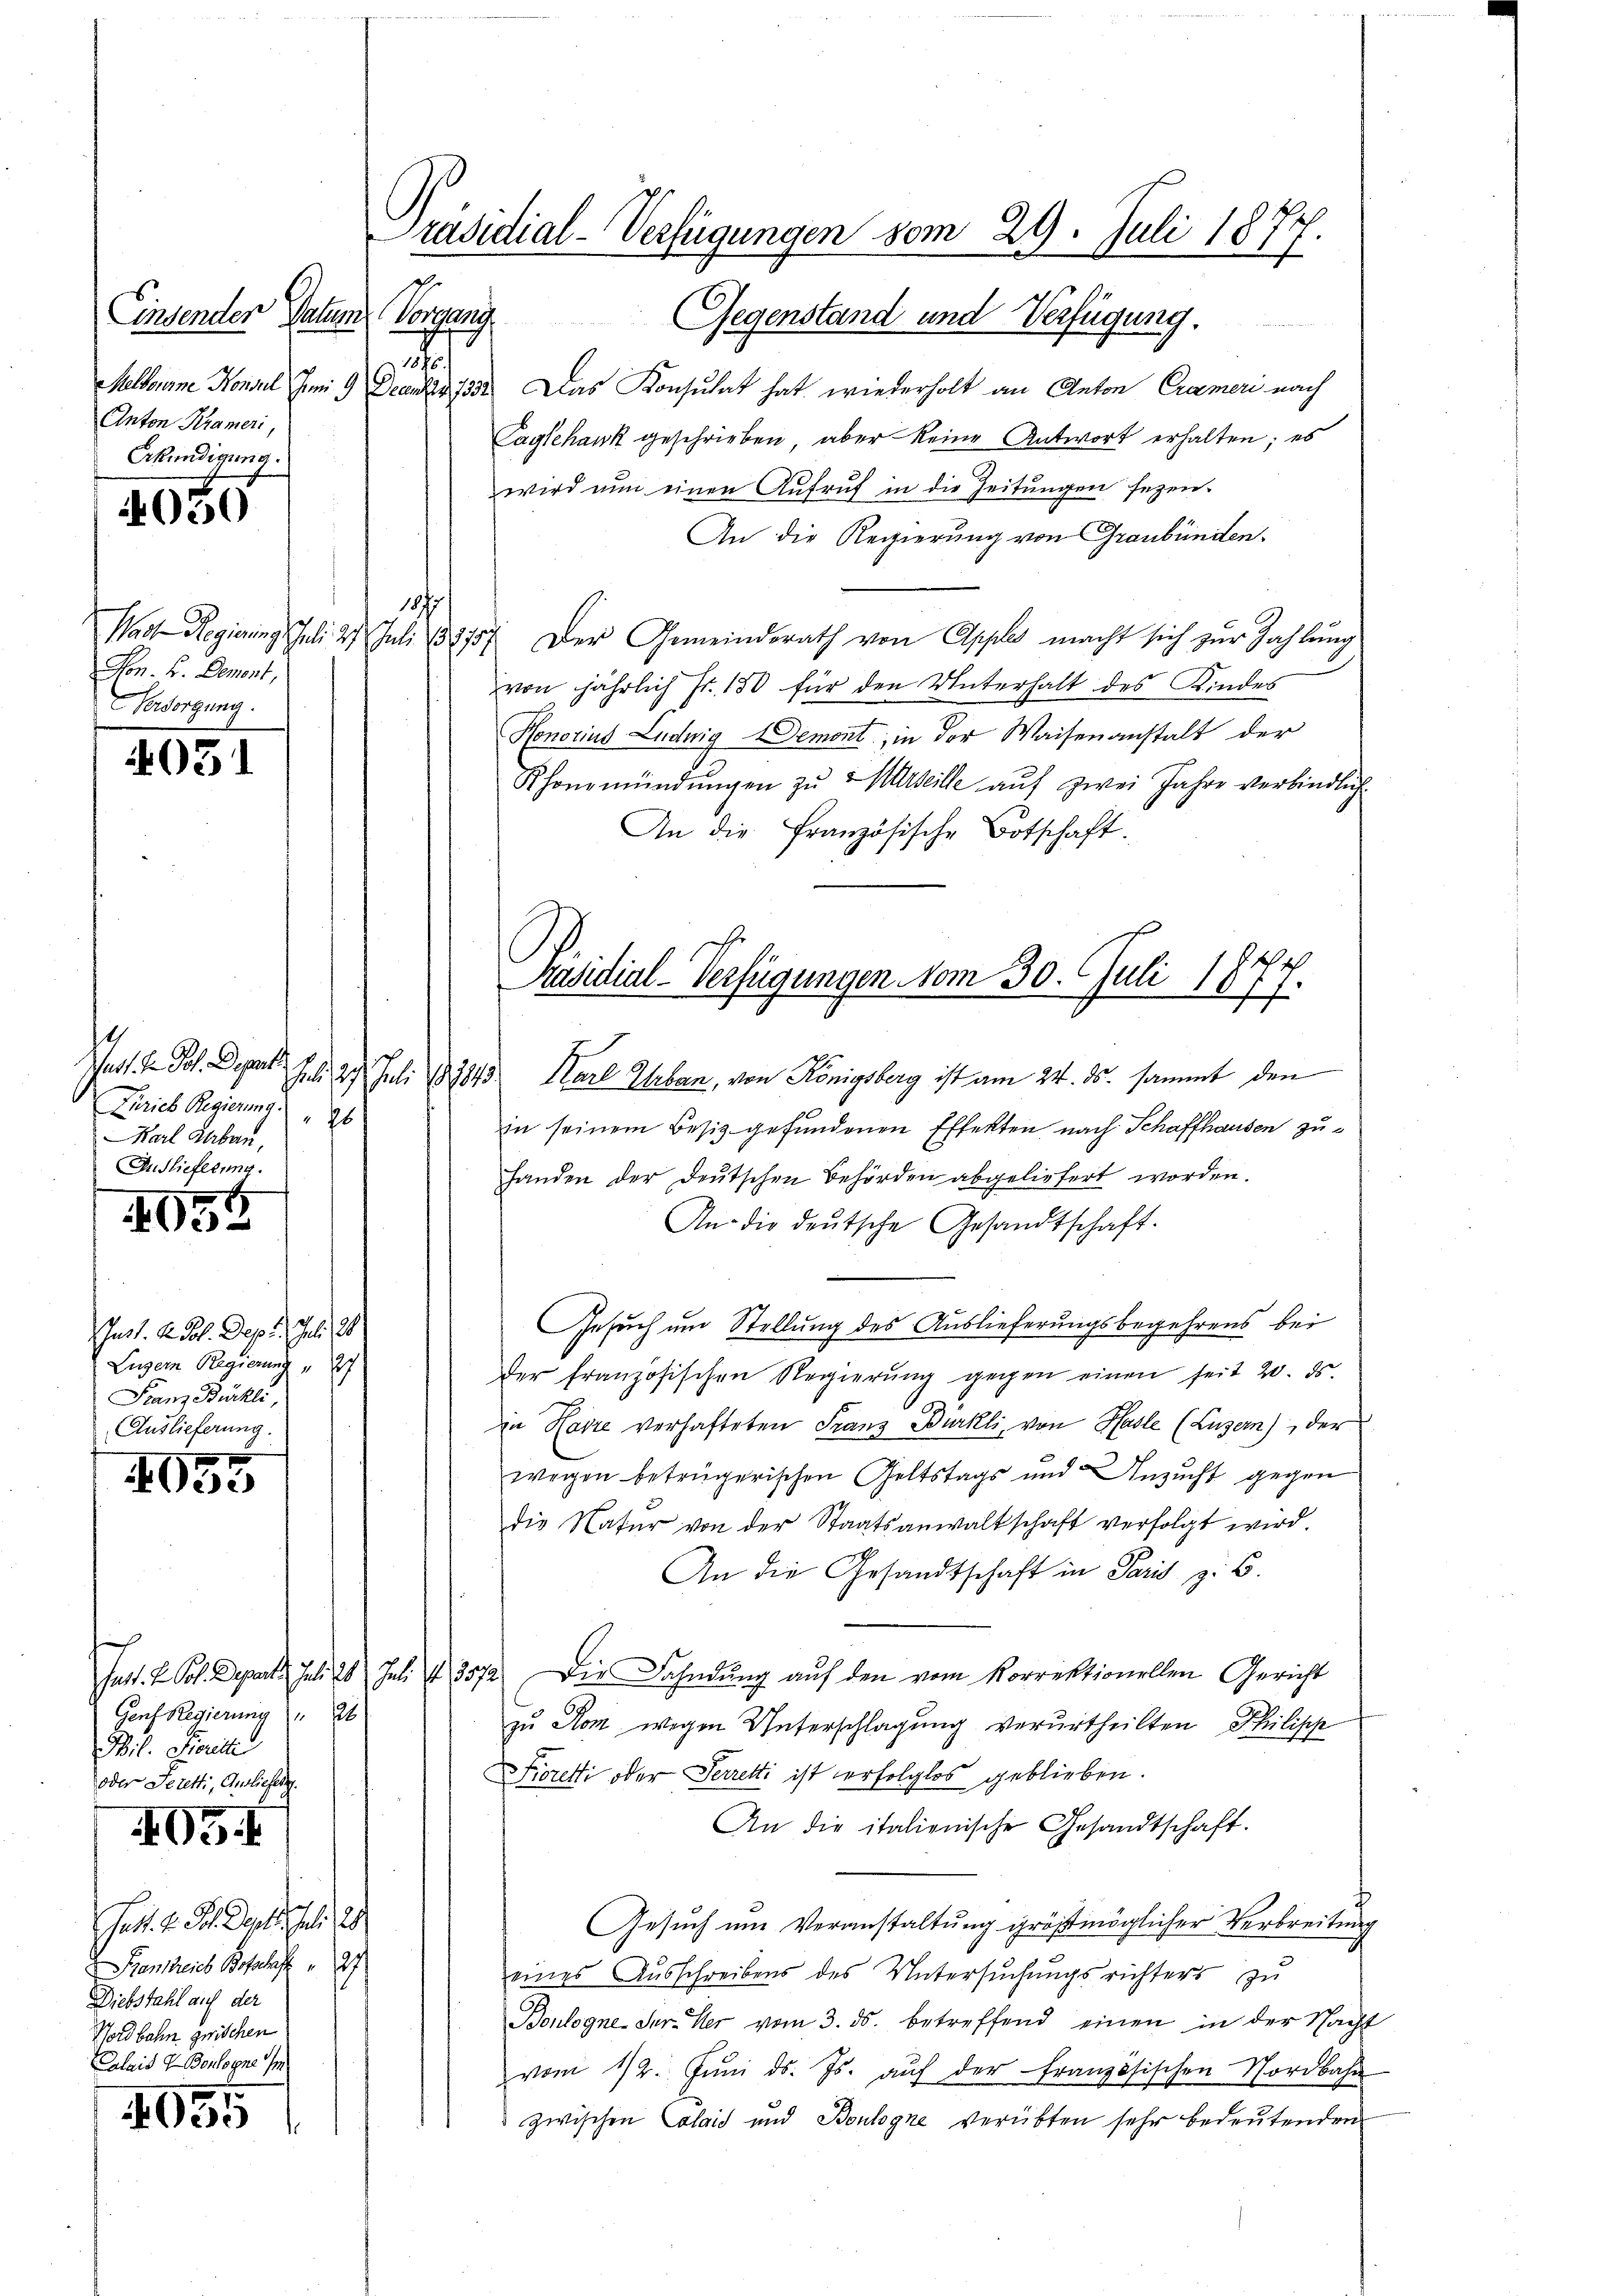
Einsender Patum
Rippen
.
Anton Krameri,
Erkundigung.

4050

051

E
05

Just. A dol. Dept. Juli 20.
Luzern Regierung " 27
Franz Bürkli,
Auslieferung.

1
e

405

Gett. v. Frl. Der Juli 18
Panthreues Befehaft 27
Diebstahl auf der
Nordbahn zwischen
Calais & Boulogne m

4055

1877
Fon. B. Dement,
Versorgung.

t
Ferieb Regierung " 26
Karl Saben.
Auslieferung.

Genf Regierung " 24
il. Ferie
oder Seretti, Ausliefen.

Präsidial-Verfügungen vom 29. Juli 1877

Gegenstand und Verfügung.
Melbourne Konsul um 9 Decan 1332. Das Konsulat hat wiederholt an Anton Crameri nach
Cagschank geschrieben, aber keine Antwort erhalten; es
wird nun einen Aufruf in die Zeitungen seyen.
An die Regierung von Graubünden.
Wadt Regierung Juli 27. Juli 188757. Der Gemeindsrath von Apples macht sich zur Zahlung
von jährlich Fr. 150 für den Unterhalt des Kindes
Honorius Ludwig Demont, in der Waisenanstalt der
Khonmündŭngen zŭ Marseille aŭf zwei Jahre verbindlich
An die französische Botschaft.
in seinem Besitz gefundenen Effekten nach Schaffhausen zuhanden der Deutschen Behörden abgeliefert worden.
An die deutsche Gesandtschaft.
Gesuch um Stellung des Auslieferungsbegehrens bei
der französischen Regierŭng gegen einen seit 20. ds.
in Havre verhafteten Franz Bürkli, von Hasle (Luzern), der
wegen betrügerischen Geltstags und Anzucht gegen
die Natur von der Staatsanwaltschaft verfolgt wird.
An die Gesandtschaft in Paris z. B.
Jast. B. Sol. Depart Juli 26 Juli 3572. Die Fahndung auf den vom Korrektionellen Gericht
zu Rom wegen Unterschlagung verurtheilten Philisch
Foretti oder Perretti ist erfolglos geblieben.
An die italienische Gesandtschaft.
Gesuch um Veranstaltung größtmöglicher Verbreitung
eines Ausschreibens des Untersuchungsrichters zu
Boulogne-Jer. Der vom 3. ds. betreffend einen in der Nacht
vom 12. Jŭni d. Js. aŭf der französischen Nordbahn
zwischen Calais und Boulogne verübten sehr bedeutenden

Präsidial-Verfügungen vom 30. Juli 1877.
Mast. V. Joh. Depart. 7. d. 27. Juli 187845. Karl Urban, von Königsberg ist am 24. ds. sammt den